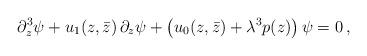
LaTeX: \begin{align*}\partial_{z}^{3}\psi + u_{1}(z,\bar{z})\, \partial_{z} \psi + \left( u_{0}(z,\bar{z}) + \lambda^{3}p(z) \right) \psi=0\,,\end{align*}